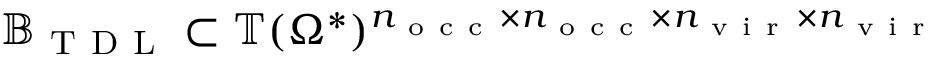
\mathbb { B } _ { \mathrm { ~ T ~ D ~ L ~ } } \subset \mathbb { T } ( \Omega ^ { * } ) ^ { n _ { \mathrm { ~ o ~ c ~ c ~ } } \times n _ { \mathrm { ~ o ~ c ~ c ~ } } \times n _ { \mathrm { ~ v ~ i ~ r ~ } } \times n _ { \mathrm { ~ v ~ i ~ r ~ } } }